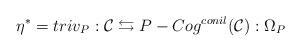
LaTeX: \begin{align*}\eta^*=triv_P:\mathcal{C}\leftrightarrows P-Cog^{conil}(\mathcal{C}): \Omega_P\end{align*}